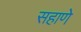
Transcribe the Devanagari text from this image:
सहाणे